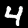
Digit: 4